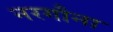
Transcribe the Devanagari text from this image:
नरगौना